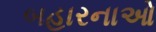
બહારનાઓ